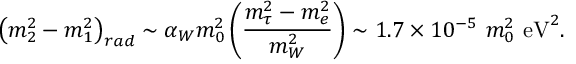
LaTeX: \left( m _ { 2 } ^ { 2 } - m _ { 1 } ^ { 2 } \right) _ { r a d } \sim \alpha _ { W } m _ { 0 } ^ { 2 } \left( { \frac { m _ { \tau } ^ { 2 } - m _ { e } ^ { 2 } } { m _ { W } ^ { 2 } } } \right) \sim 1 . 7 \times 1 0 ^ { - 5 } ~ m _ { 0 } ^ { 2 } ~ \mathrm { e V } ^ { 2 } .